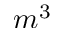
m ^ { 3 }